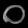
Digit: ၀